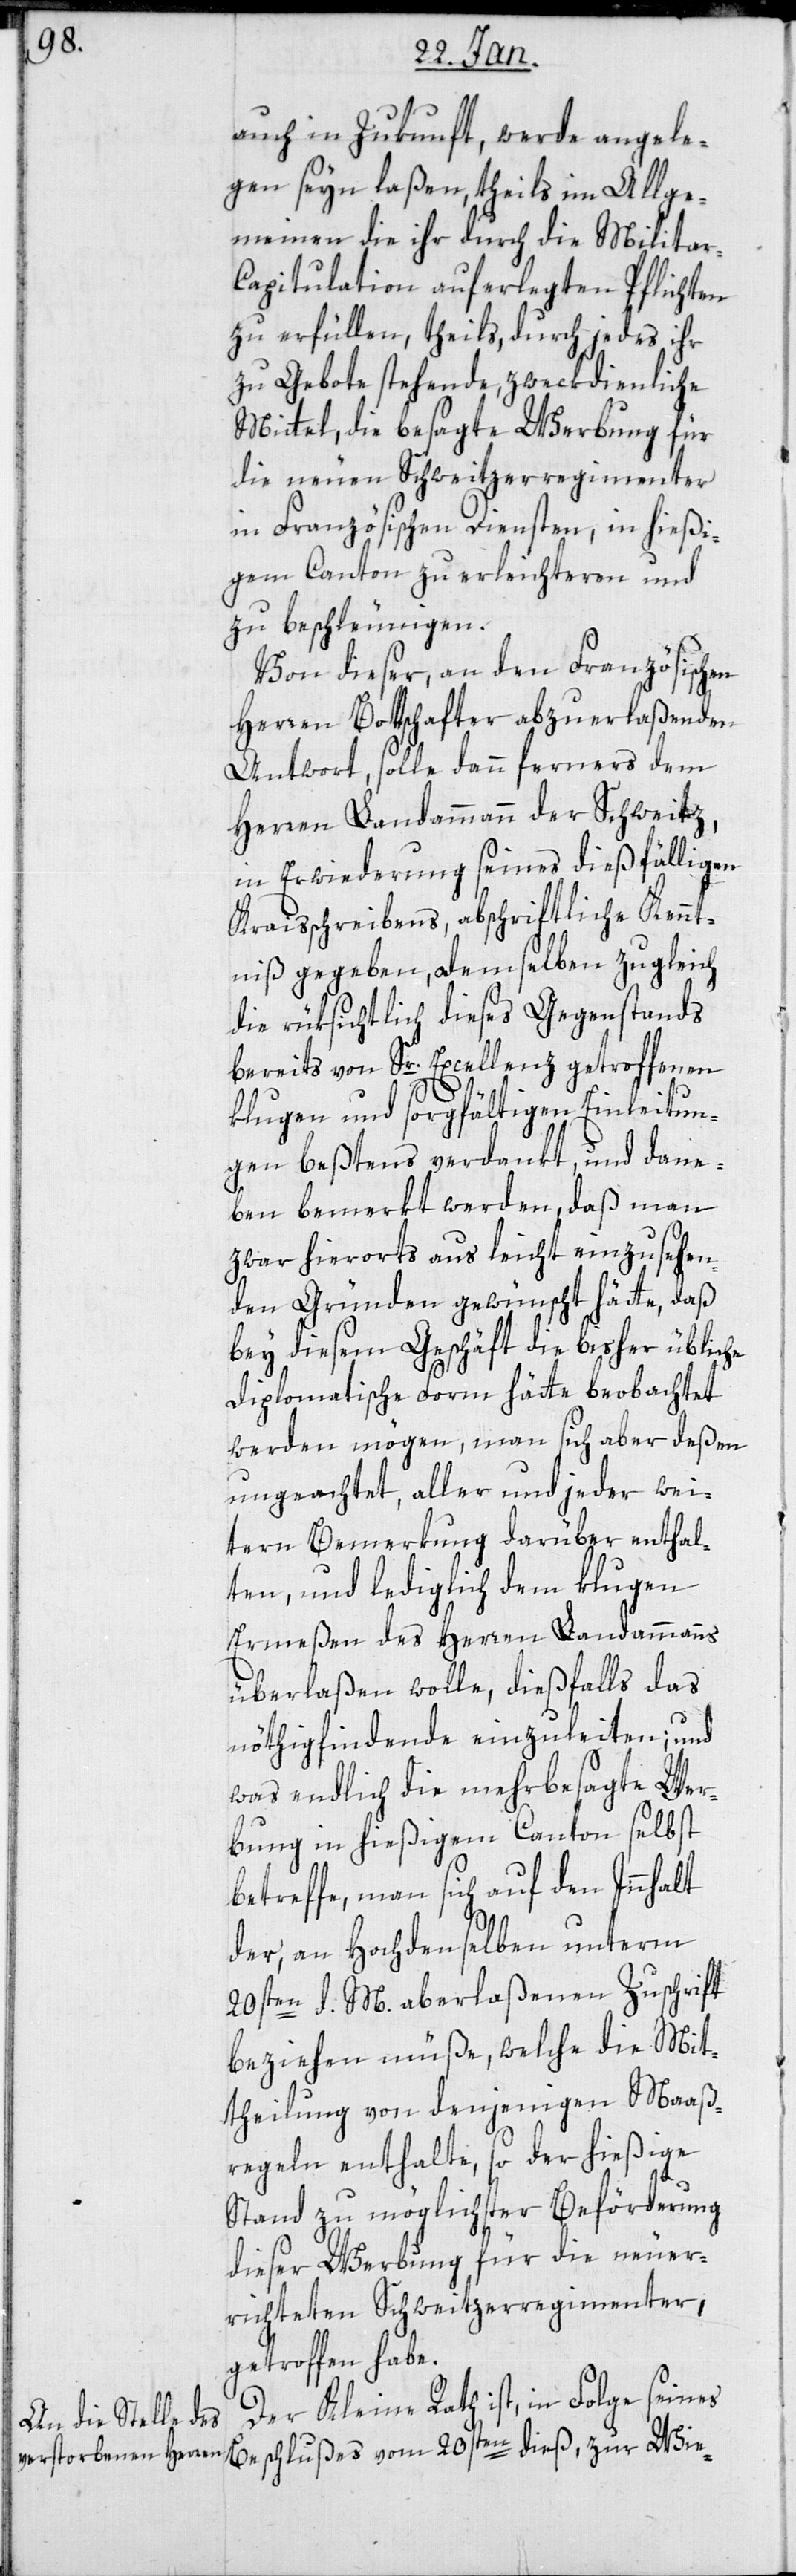
auch in Zukunft werde angele¬
gen seyn laßen, theils im Allge¬
meinen die ihr durch die Militai¬
r-Capitulation auferlegten Pflichten
zu erfüllen, theils durch jedes ihr
zu Gebote stehende zweckdienliche
Mittel, die besagte Werbung für
die neuen Schweitzerregimenter
in Französischen Diensten, in hießi¬
gem Canton zu erleichteren und
zu beschleunigen.
Von dieser, an den Französischen
Herren Bottschafter abzuerlaßenden
Antwort, solle dann ferners dem
Herren Landammann der Schweitz,
in Erwiderung seines dießfälligen
Kraisschreibens, abschriftliche Kennt¬
niß gegeben, demselben zugleich
die rüksichtlich dieses Gegenstands
bereits von Sr. Excellenz getroffenen
klugen und sorgfältigen Einleitun¬
gen beßtens verdankt, und dane¬
ben bemerkt werden, daß man
zwar hierorts aus leicht einzusehen¬
den Gründen gewünscht hätte, daß
bey diesem Geschäft die bisher übliche
diplomatische Form hätte beobachtet
werden mögen, man sich aber deßen
ungeachtet, aller und jeder wei¬
tern Bemerkung darüber enthal¬
ten, und lediglich dem klugen
Ermeßen des Herren Landammanns
überlaßen wolle, dießfalls das
nöthigfindende einzuleiten; und
was endlich die mehrbesagte Wer¬
bung in hießigem Canton selbst
betreffe, man sich auf den Innhalt
der, an hochdenselben unterm
20sten d. M. aberlaßenen Zuschrift
beziehen müße, welche die Mit¬
theilung von denjenigen Maaß¬
regeln enthalte, so der hießige
Stand zu möglichster Beförderung
dieser Werbung für die neuer¬
richteten Schweitzerregimenter,
getroffen habe.
Der Kleine Rath-ist, in Folge seines
Beschlußes vom 20sten dieß, zur Wie-